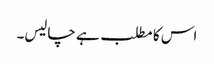
اس کا مطلب ہے چالیس۔